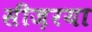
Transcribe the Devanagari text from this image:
सीज़रया